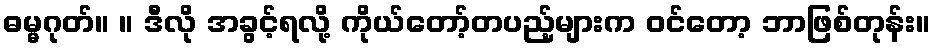
ဓမ္မဂုတ်။ ။ ဒီလို အခွင့်ရလို့ ကိုယ်တော့်တပည့်များက ဝင်တော့ ဘာဖြစ်တုန်း။